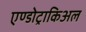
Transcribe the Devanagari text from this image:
एण्डोट्राकिअल